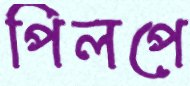
পিলপে